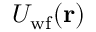
U _ { \mathrm { w f } } ( \mathbf { r } )